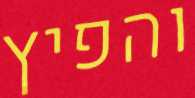
והפיץ